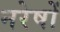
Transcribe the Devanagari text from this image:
नरेषों